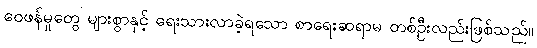
ဝေဖန်မှုတွေ များစွာနှင့် ရေးသားလာခဲ့ရသော စာရေးဆရာမ တစ်ဦးလည်းဖြစ်သည်။